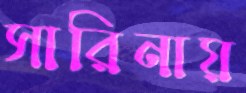
সারিনায়